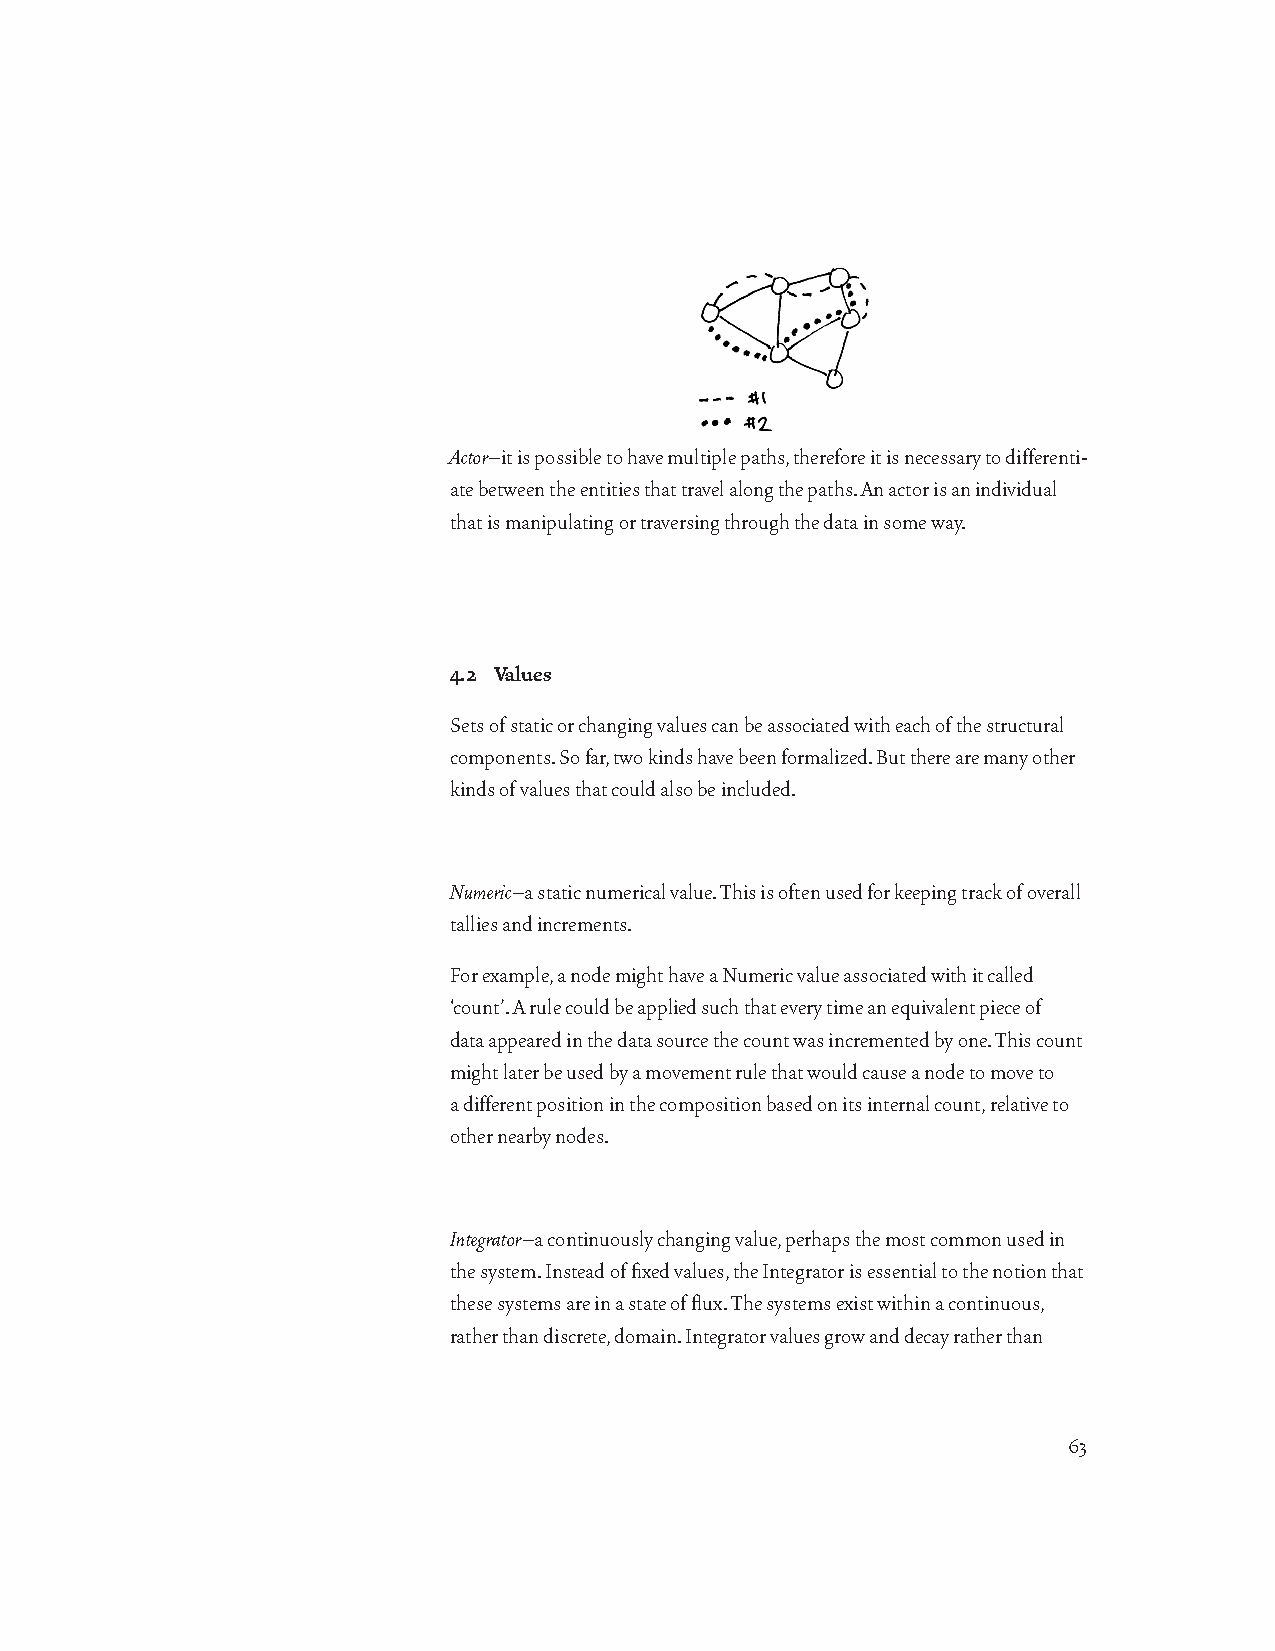
Actor–it is possible to have multiple paths, therefore it is necessary to differenti-
 ate between the entities that travel along the paths. An actor is an individual
 that is manipulating or traversing through the data in some way.
 4.2 Values
 Sets of static or changing values can be associated with each of the structural
 components. So far, two kinds have been formalized. But there are many other
 kinds of values that could also be included.
 Numeric–a static numerical value. This is often used for keeping track of overall
 tallies and increments.
 For example, a node might have a Numeric value associated with it called
 ‘count’. A rule could be applied such that every time an equivalent piece of
 data appeared in the data source the count was incremented by one. This count
 might later be used by a movement rule that would cause a node to move to
 a different position in the composition based on its internal count, relative to
 other nearby nodes.
 Integrator–a continuously changing value, perhaps the most common used in
 the system. Instead of fixed values, the Integrator is essential to the notion that
 these systems are in a state of flux. The systems exist within a continuous,
 rather than discrete, domain. Integrator values grow and decay rather than
 63